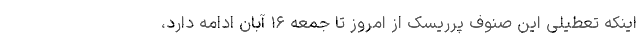
اینکه تعطیلی این صنوف پرریسک از امروز تا جمعه ۱۶ آبان ادامه دارد،